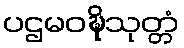
ပဌမဝဍ္ဎိသုတ္တံ